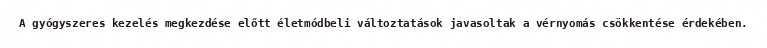
A gyógyszeres kezelés megkezdése előtt életmódbeli változtatások javasoltak a vérnyomás csökkentése érdekében.